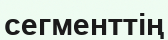
сегменттің